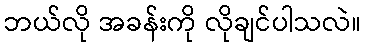
ဘယ်လို အခန်းကို လိုချင်ပါသလဲ။